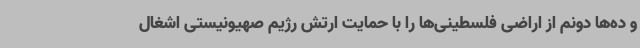
و ده‌ها دونم از اراضی فلسطینی‌ها را با حمایت ارتش رژیم صهیونیستی اشغال